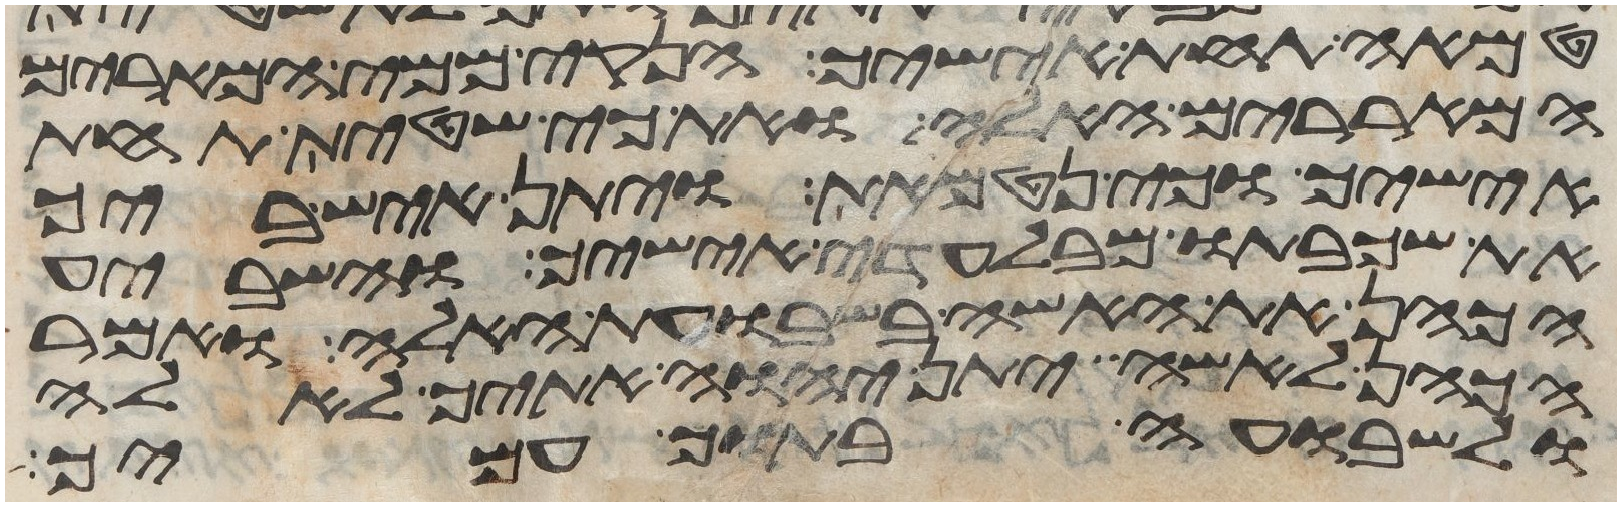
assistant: טמאה תחת אישיך הנקי ממי המרים
המאררים האלה ואת כי שטית תחת
אישיך וכי נטמאת ויתן איש ביך
את שכבתו מבלעדי אישיך והשביע
הכהן את האשה בשבועת האלה ואמר
הכהן לאשה יתן יהוה אתיך לאלה
ולשבועה בתוך עמיך